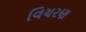
વિચરણ